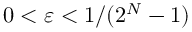
0 < \varepsilon < 1 / ( 2 ^ { N } - 1 )